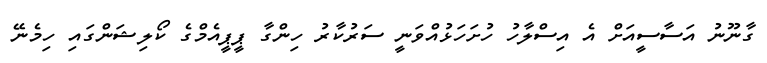
ގާނޫނު އަސާސީއަށް އެ އިސްލާހު ހުށަހަޅުއްވަނީ ސަރުކާރު ހިންގާ ޕީޕީއެމްގެ ކޯލިޝަންގައި ހިމެނޭ